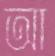
আ